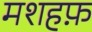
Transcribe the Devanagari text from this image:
मशहफ़